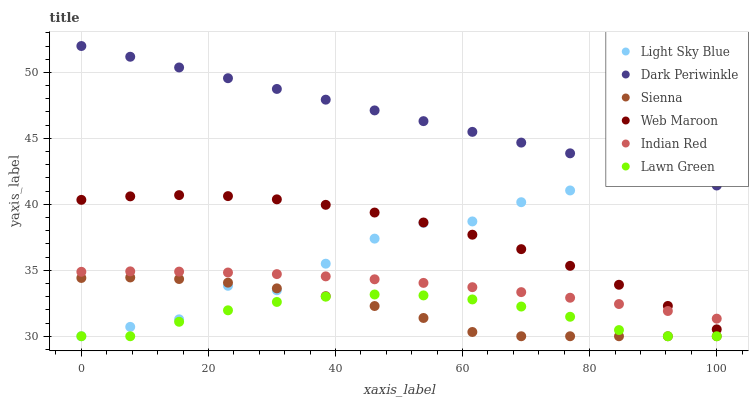
| xaxis_label | Light Sky Blue | Dark Periwinkle | Sienna | Web Maroon | Indian Red | Lawn Green |
 | --- | --- | --- | --- | --- | --- | --- |
 | 0 | 30 | 52 | 34.4 | 40.3 | 34.9 | 30 |
 | 7.69 | 30.7 | 51.2 | 34.5 | 40.6 | 34.9 | 30 |
 | 15.4 | 31.3 | 50.4 | 34.3 | 40.7 | 34.9 | 31.1 |
 | 23.1 | 33.8 | 49.6 | 34.1 | 40.6 | 34.8 | 32 |
 | 30.8 | 33.5 | 48.7 | 33.6 | 40.4 | 34.7 | 32.6 |
 | 38.5 | 35.5 | 47.9 | 33 | 40 | 34.5 | 33 |
 | 46.2 | 37.4 | 47.1 | 32.3 | 39.4 | 34.3 | 33.2 |
 | 53.8 | 38.6 | 46.3 | 31.4 | 38.6 | 34 | 33.1 |
 | 61.5 | 38.7 | 45.5 | 30.3 | 37.7 | 33.7 | 32.8 |
 | 69.2 | 40.2 | 44.7 | 30 | 36.6 | 33.3 | 32.3 |
 | 76.9 | 41.1 | 43.9 | 30 | 35.3 | 32.9 | 31.5 |
 | 84.6 | 43.2 | 43.1 | 30 | 33.9 | 32.4 | 30.5 |
 | 92.3 | 44.6 | 42.2 | 30 | 32.3 | 31.9 | 30 |
 | 100 | 44.1 | 41.4 | 30 | 30.5 | 31.3 | 30 |